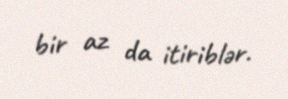
bir az da itiriblər.